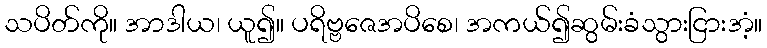
သပိတ်ကို။ အာဒါယ၊ ယူ၍။ ပရိဗ္ဗဇေအပိစေ၊ အကယ်၍ဆွမ်းခံသွားငြားအံ့။